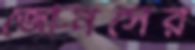
জোনসের